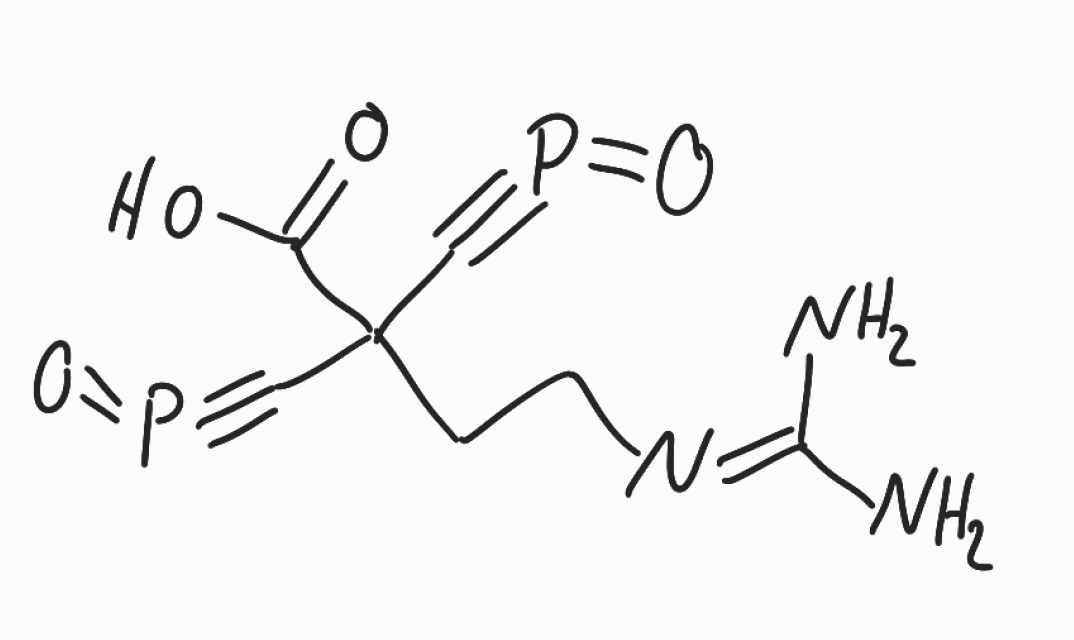
Simplified molecular-input line-entry system (SMILES) notation of the given molecule:
C(CN=C(N)N)C(C#P=O)(C#P=O)C(=O)O